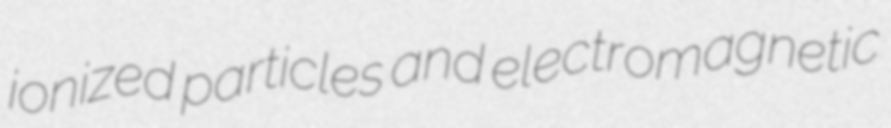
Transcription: ionized particles and electromagnetic